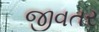
જીવતર